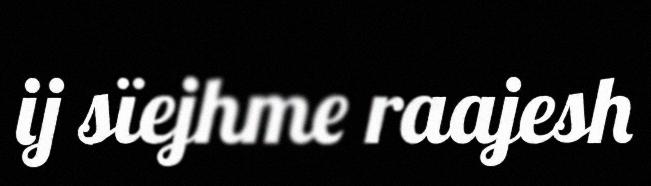
ij sïejhme raajesh